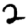
Digit: 2